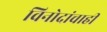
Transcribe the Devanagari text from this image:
विनोदांचाही